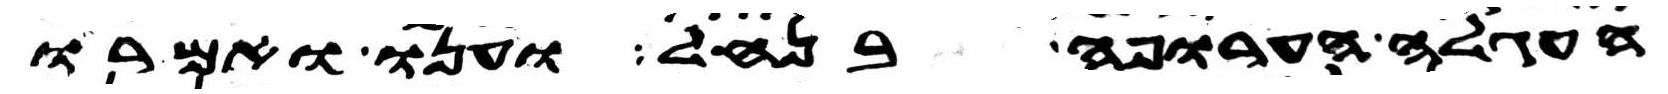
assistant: העגלה הערופה בנחל וענו ואמרו